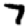
Digit: 7